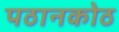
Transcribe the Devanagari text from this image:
पठानकोठ